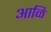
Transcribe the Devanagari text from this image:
आळि